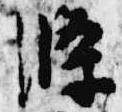
条